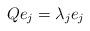
LaTeX: \begin{align*}Q e_j = \lambda_j e_j \end{align*}